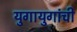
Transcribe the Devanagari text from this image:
युगायुगांची